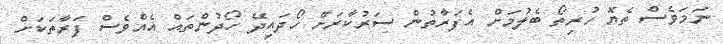
ނަމަވެސް ތެޔޮ ހުރިތޯ ބެލުމަށް އެފަރާތުން ސަރުކާރަށް ހޯދައިދޭ ހޯދުންތައް އެއްވެސް ފަރާތަކަށް